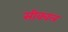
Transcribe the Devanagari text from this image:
सीक्‍वल